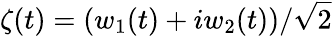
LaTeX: \zeta(t)=\left(w_{1}(t)+iw_{2}(t)\right)/\sqrt{2}